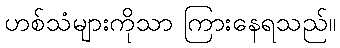
ဟစ်သံများကိုသာ ကြားနေရသည်။